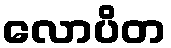
လောပိတ